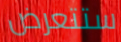
ستتعرض